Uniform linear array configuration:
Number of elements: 16
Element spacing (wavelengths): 0.75
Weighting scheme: uniform
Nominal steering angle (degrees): -30
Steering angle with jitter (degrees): -31.38
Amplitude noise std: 0.05
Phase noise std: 0.05

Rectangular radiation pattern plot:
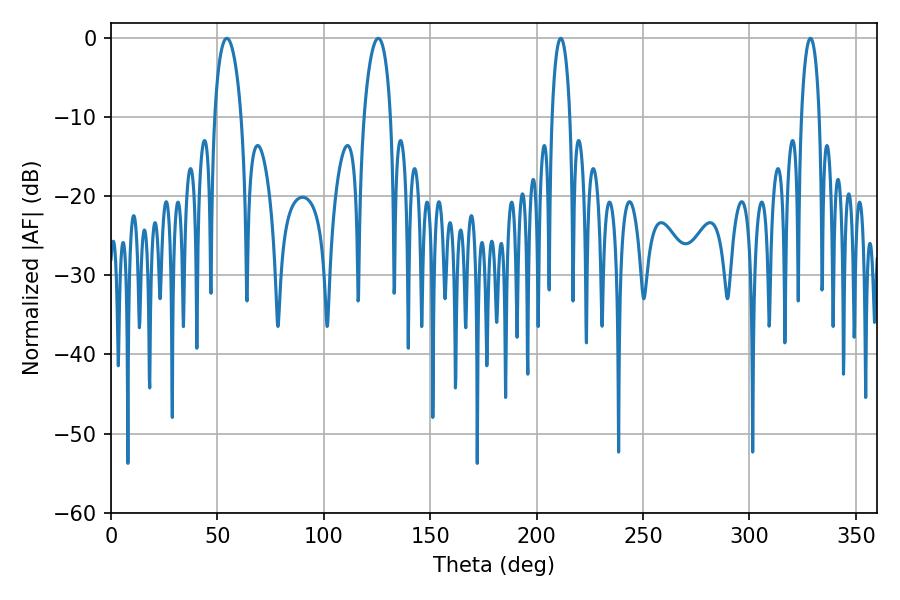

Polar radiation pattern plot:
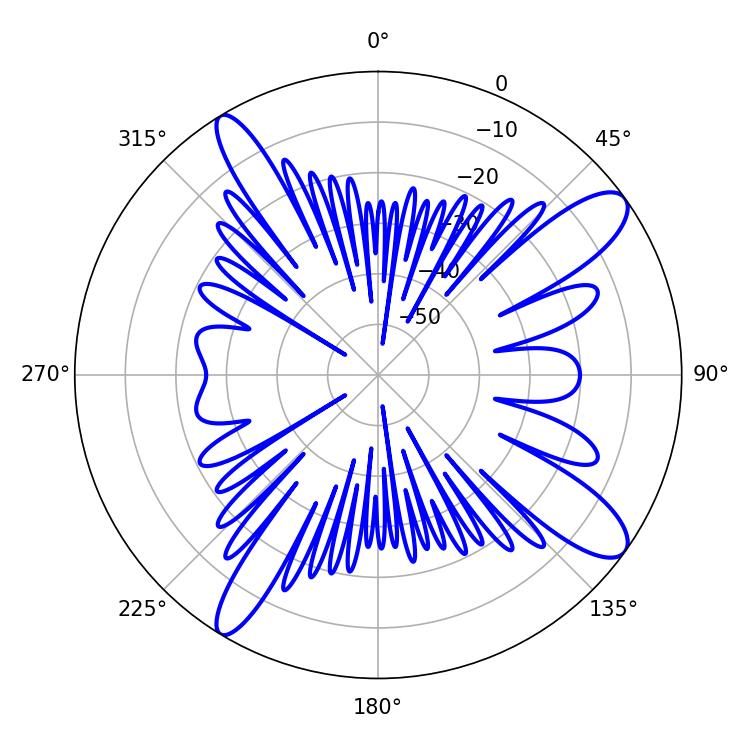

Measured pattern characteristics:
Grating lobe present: TRUE
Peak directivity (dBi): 11.951
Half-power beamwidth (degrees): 4.86
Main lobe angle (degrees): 211.32